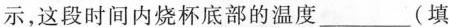
示，这段时间内烧杯底部的温度_(填